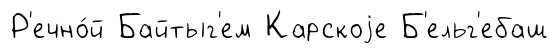
Р'ечно́й Байтыг'ем Карскоjе Б'ельг'ебаш